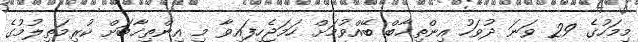
މިމަހުގެ 29 ވަނަ ދުވަހު އިންތިޚާބް ބޭއްވުމަށް ހަމަޖެހިފައިވާ މި އިންތިޚާބަށް ކުރިމަތިލުމުގެ